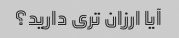
آیا ارزان تری دارید؟